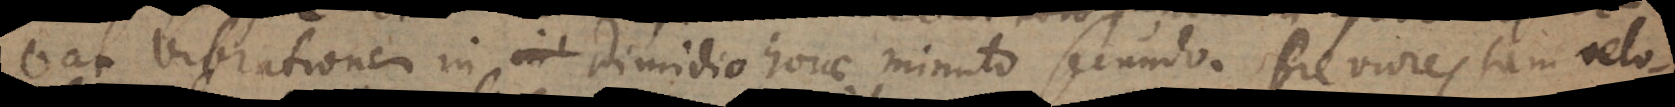
vat vibrationem in dimidio horae minuto secundo. Breviores tam velo-